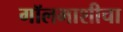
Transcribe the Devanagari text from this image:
गॉलमाशीचा